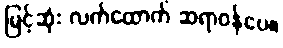
မြင့်ဆုံး လက်ထောက် ဆရာဝန်ပေ။